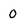
Character: 0